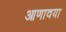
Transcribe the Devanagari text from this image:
आणावया